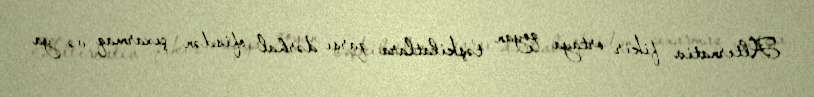
Alternativ fikir ortaya qoyan təşkilatlara qarşı dərhal ofisdən çıxarmaq və ya